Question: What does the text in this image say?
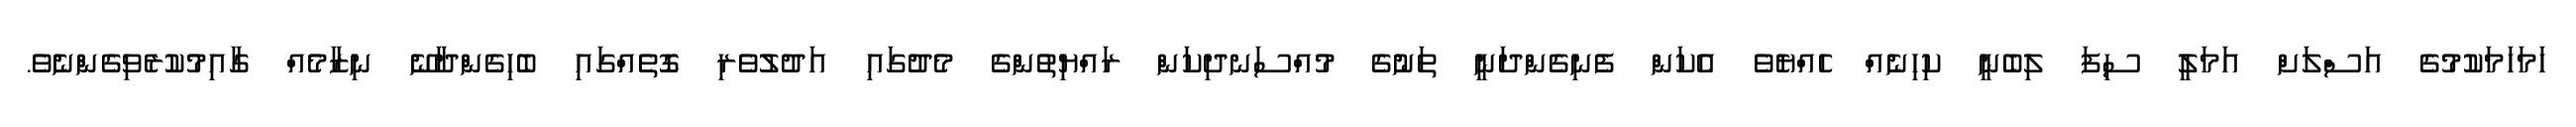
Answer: ހަމަހަމަކުމުގެ އަސްލަށް އަމަލީ ސިފަ ލިބެނީ ކިހިނެއް ހެއްޔެވެ އެކަން ފެނިގެންދަނީ ތަނުގެ މުއްސަނދިކަން ރައްޔިތުންގެ މެދުގައި އަދުލުވެރި ގޮތެއްގައި ބެހިގެންދާނޭ ނިޒާމެއް ގާއިމުކުރެވިގެންނެވެ.